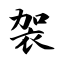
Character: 袈